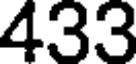
433